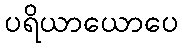
ပရိယာယောပေ